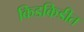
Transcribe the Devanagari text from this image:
किडकिडीत